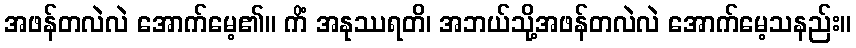
အဖန်တလဲလဲ အောက်မေ့၏။ ကိံ အနုဿရတိ၊ အဘယ်သို့အဖန်တလဲလဲ အောက်မေ့သနည်း။